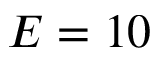
E = 1 0